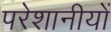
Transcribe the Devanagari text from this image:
परेशानीयों